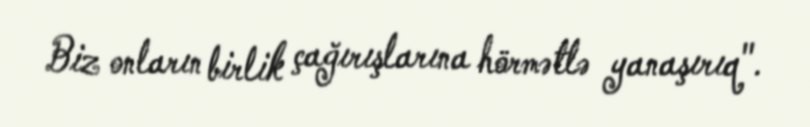
Biz onların birlik çağırışlarına hörmətlə yanaşırıq".